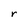
Character: r